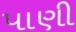
પાણી